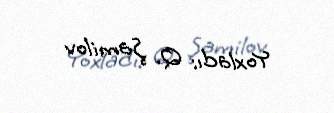
Yoxladı: Q. Şamilov